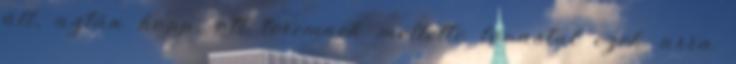
áll, aztán hopp, ott teremnek mellette lovastul ezek arra